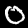
Digit: 0